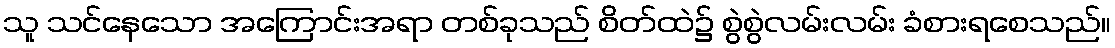
သူ သင်နေသော အကြောင်းအရာ တစ်ခုသည် စိတ်ထဲ၌ စွဲစွဲလမ်းလမ်း ခံစားရစေသည်။